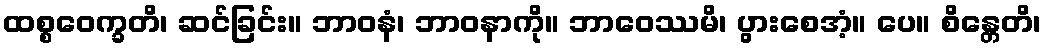
ထစ္စဝေက္ခတိ၊ ဆင်ခြင်း။ ဘာဝနံ၊ ဘာဝနာကို။ ဘာဝေဿမိ၊ ပွားစေအံ့။ ပေ။ စိန္တေတိ၊